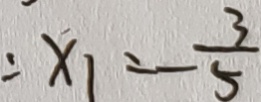
: x _ { 1 } = - \frac { 3 } { 5 }